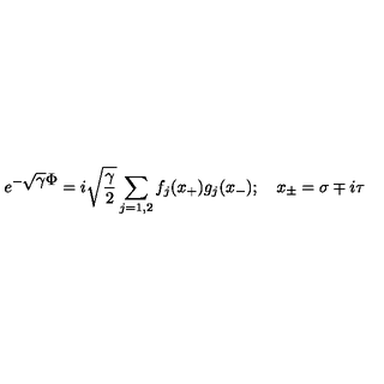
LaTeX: e ^ { - \displaystyle \sqrt { \gamma } \Phi } = { i \sqrt { \frac { \gamma } { 2 } } } \sum _ { j = 1 , 2 } f _ { j } ( x _ { + } ) g _ { j } ( x _ { - } ) ; \quad x _ { \pm } = \sigma \mp i \tau